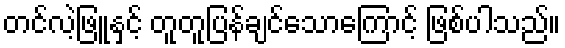
တင်လဲ့ဖြူနှင့် တူတူပြန်ချင်သောကြောင့် ဖြစ်ပါသည်။